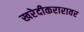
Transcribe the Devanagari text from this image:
खरेदीकरारावर